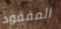
المفقود